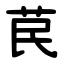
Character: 苠